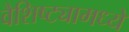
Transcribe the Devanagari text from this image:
वैशिष्ट्यामध्ये